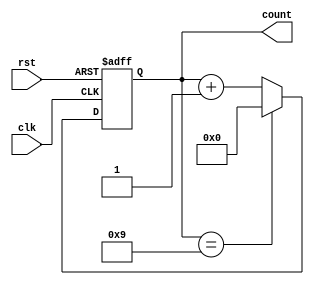
module bcd_counter (
    input wire clk,         // Clock input
    input wire rst,         // Reset input (active-high)
    output reg [3:0] count  // 4-bit output for BCD count
);

// Always block triggered on the rising edge of the clock or reset
always @(posedge clk or posedge rst) begin
    if (rst) begin
        count <= 4'b0000;    // Reset count to 0
    end else begin
        if (count == 4'b1001) begin
            count <= 4'b0000; // Roll over to 0 after reaching 9
        end else begin
            count <= count + 1; // Increment count
        end
    end
end

endmodule